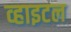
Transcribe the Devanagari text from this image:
व्हाइटल